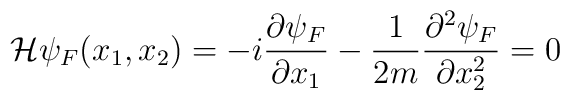
{\cal H}\psi _F(x_1,x_2)=-i\frac{\partial \psi _F}{\partial x_1}-\frac{1}{2m}\frac{\partial ^2\psi _F}{\partial x_2^2}=0